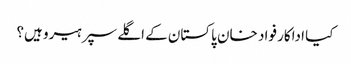
کیا اداکار فواد خان پاکستان کے اگلے سپر ہیرو ہیں؟